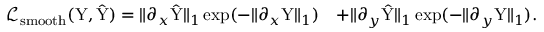
\begin{array} { r l } { \mathcal { L } _ { \mathrm { s m o o t h } } ( \mathrm { Y } , \hat { \mathrm { Y } } ) = \| \partial _ { x } \hat { \mathrm { Y } } \| _ { 1 } \exp ( - \| \partial _ { x } \mathrm { Y } \| _ { 1 } ) } & { + \| \partial _ { y } \hat { \mathrm { Y } } \| _ { 1 } \exp ( - \| \partial _ { y } \mathrm { Y } \| _ { 1 } ) . } \end{array}